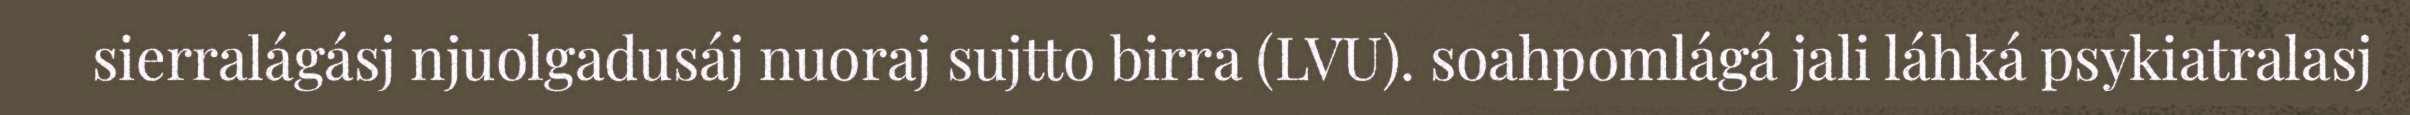
sierralágásj njuolgadusáj nuoraj sujtto birra (LVU). soahpomlágá jali láhká psykiatralasj